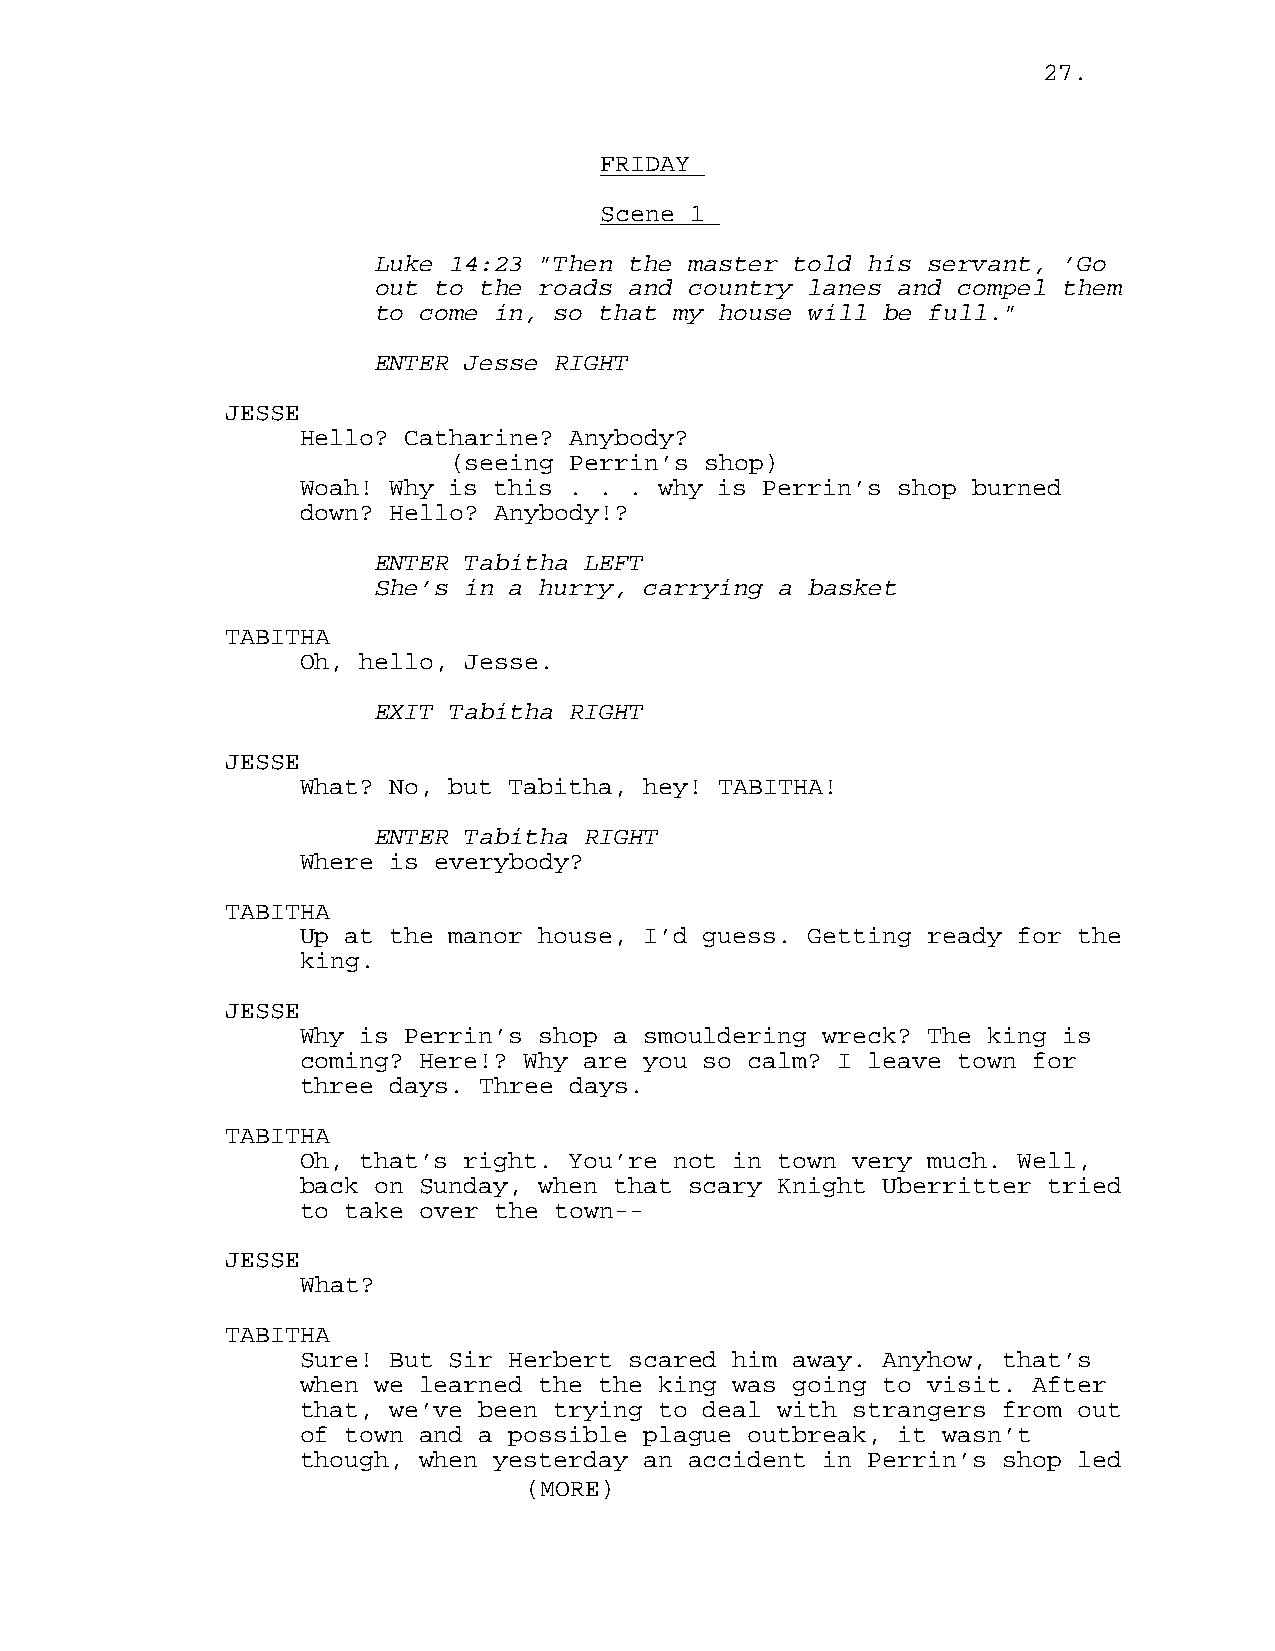
27.
 FRIDAY
 Scene 1
 Luke 14:23 "Then the master told his servant, ’Go
 out to the roads and country lanes and compel them
 to come in, so that my house will be full."
 ENTER Jesse RIGHT
 JESSE
 Hello? Catharine? Anybody?
 (seeing Perrin’s shop)
 Woah! Why is this . . . why is Perrin’s shop burned
 down? Hello? Anybody!?
 ENTER Tabitha LEFT
 She’s in a hurry, carrying a basket
 TABITHA
 Oh, hello, Jesse.
 EXIT Tabitha RIGHT
 JESSE
 What? No, but Tabitha, hey! TABITHA!
 ENTER Tabitha RIGHT
 Where is everybody?
 TABITHA
 Up at the manor house, I’d guess. Getting ready for the
 king.
 JESSE
 Why is Perrin’s shop a smouldering wreck? The king is
 coming? Here!? Why are you so calm? I leave town for
 three days. Three days.
 TABITHA
 Oh, that’s right. You’re not in town very much. Well,
 back on Sunday, when that scary Knight Uberritter tried
 to take over the town--
 JESSE
 What?
 TABITHA
 Sure! But Sir Herbert scared him away. Anyhow, that’s
 when we learned the the king was going to visit. After
 that, we’ve been trying to deal with strangers from out
 of town and a possible plague outbreak, it wasn’t
 though, when yesterday an accident in Perrin’s shop led
 (MORE)